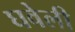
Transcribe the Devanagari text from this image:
घवेली